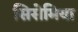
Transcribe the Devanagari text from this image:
सिसेमिया